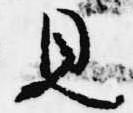
見